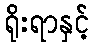
ရိုးရာနှင့်